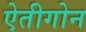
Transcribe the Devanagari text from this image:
ऐतीगोन